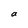
Character: a